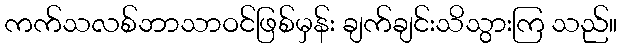
ကက်သလစ်ဘာသာဝင်ဖြစ်မှန်း ချက်ချင်းသိသွားကြ သည်။